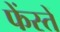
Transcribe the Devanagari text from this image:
फेंस्तें